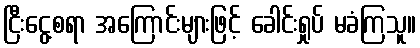
ငြီးငွေ့စရာ အကြောင်းများဖြင့် ခေါင်းရှုပ် မခံကြသူ။